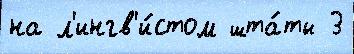
на л'ингв'и́стом шта́ты 3